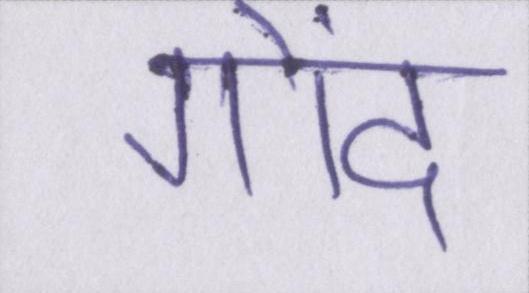
गोंद